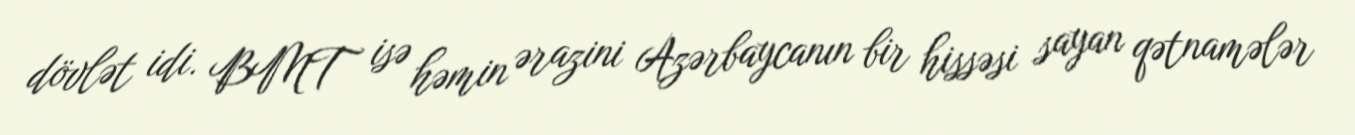
dövlət idi. BMT isə həmin ərazini Azərbaycanın bir hissəsi sayan qətnamələr